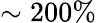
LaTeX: \sim 200\%